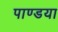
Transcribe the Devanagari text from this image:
पाण्डया